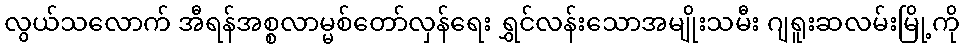
လွယ်သလောက် အီရန်အစ္စလာမ္မစ်တော်လှန်ရေး ရွှင်လန်းသောအမျိုးသမီး ဂျရူးဆလမ်းမြို့ကို